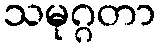
သမုဂ္ဂတာ